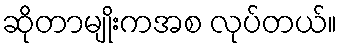
ဆိုတာမျိုးကအစ လုပ်တယ်။